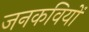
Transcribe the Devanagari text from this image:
जनकवियों